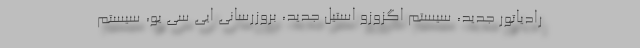
رادیاتور جدید، سیستم اگزوزو استیل جدید، بروزرسانی ایی سی یو، سیستم